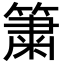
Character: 簘